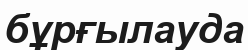
бұрғылауда